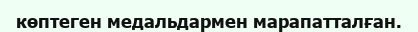
көптеген медальдармен марапатталған.